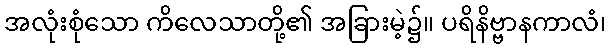
အလုံးစုံသော ကိလေသာတို့၏ အခြားမဲ့၌။ ပရိနိဗ္ဗာနကာလံ၊